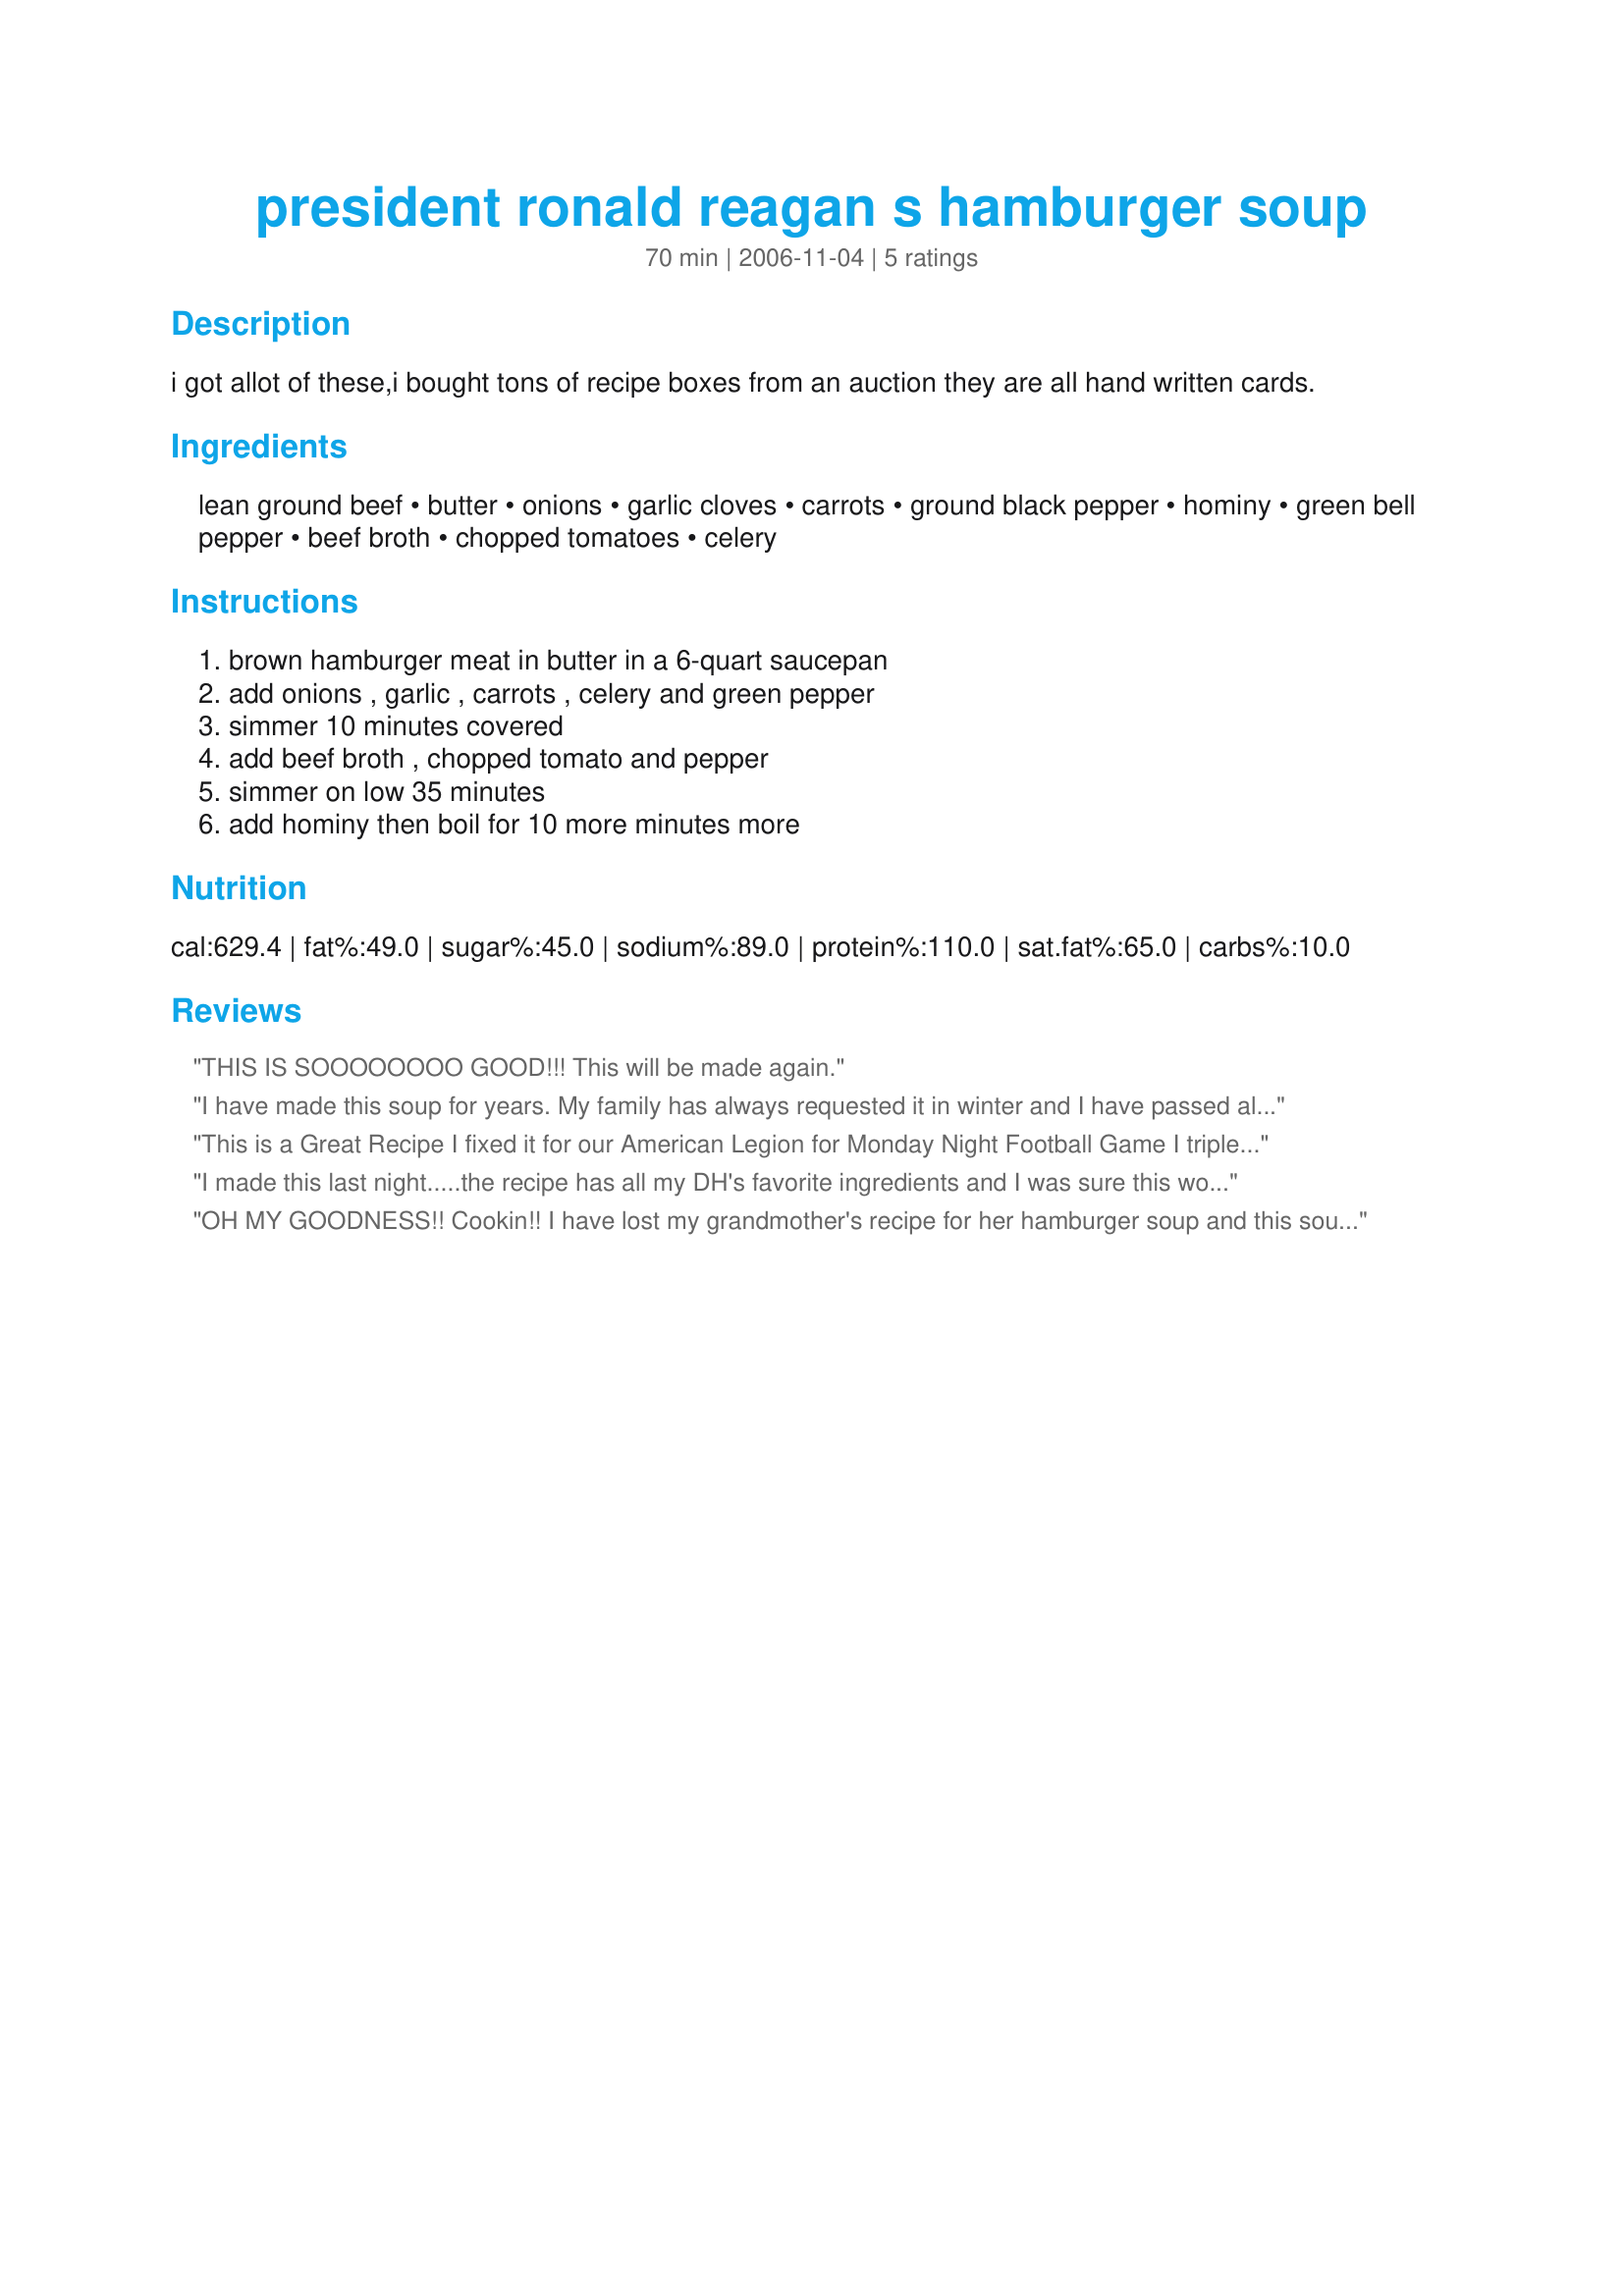
president ronald reagan s hamburger soup
Preparation time: 70 minutes

i got allot of these,i bought tons of recipe boxes from an auction they are all hand written cards.

Ingredients:
lean ground beef, butter, onions, garlic cloves, carrots, ground black pepper, hominy, green bell pepper, beef broth, chopped tomatoes, celery

Steps:
brown hamburger meat in butter in a 6-quart saucepan, add onions , garlic , carrots , celery and green pepper, simmer 10 minutes covered, add beef broth , chopped tomato and pepper, simmer on low 35 minutes, add hominy then boil for 10 more minutes more

Reviews:
THIS IS SOOOOOOOO GOOD!!!
This will be made again.
I have made this soup for years. My family has always requested it in winter and I have passed along to my daughter for her family.
This is a Great Recipe I fixed it for our American Legion for Monday Night Football Game I triple the recipe for 40 people Everyone Loved it.
Thanks
Dan
I made this last night.....the recipe has all my DH's favorite ingredients and I was sure this would be great, but it was lacking in flavor. I followed the directions exactly and simmered it all afternoon, but it just didn't have enough of "something". Maybe some seasonings were missing for our taste, but I don't know what they would be. This recipe makes a LOT of soup, and I have so much left over that I will try to use it somehow in another dish....I may add some tomato juice and more vegetables for a vegetable soup.
OH MY GOODNESS!! Cookin!! I have lost my grandmother's recipe for her hamburger soup and this sounds just like it!! I am so excited!!!!
Thank you so very much!!!!
Love,
Becky
